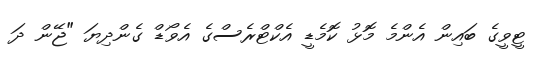
ޓީވީގެ ބައިން އެންމެ މޮޅު ކޮމެޑީ އެކްޓްރެސްގެ އެވޯޑް ގެންދިޔަ "ޖޭން ދަ